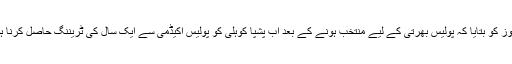
کراچی پولیس کے ترجمان عادل نے اردو نیوز کو بتایا کہ پولیس بھرتی کے لیے منتخب ہونے کے بعد اب پشپا کوہلی کو پولیس اکیڈمی سے ایک سال کی ٹریننگ حاصل کرنا ہوگی جس کے بعد انہیں کمیشن دیا جائے گا۔